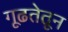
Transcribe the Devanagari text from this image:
गूढतेतून